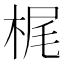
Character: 梶